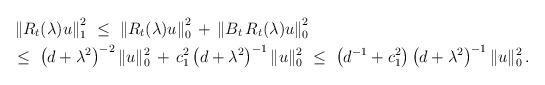
LaTeX: \begin{align*}\begin{aligned}&\left\|R_t(\lambda) u\right\|_1^2\ \leq\ \left\|R_t(\lambda) u\right\|_0^2\,+\,\left\|B_t\,R_t(\lambda) u\right\|_0^2\\&\leq\ \big(d+\lambda^2\big)^{-2}\,\|u\|_0^2\,+\,c_1^2\,\big(d+\lambda^2\big)^{-1}\,\|u\|_0^2\ \leq\ \big(d^{-1}+c_1^2\big)\,\big(d+\lambda^2\big)^{-1}\,\|u\|_0^2\,.\end{aligned}\end{align*}